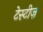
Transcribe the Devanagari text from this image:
टेस्टीज़